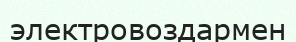
электровоздармен